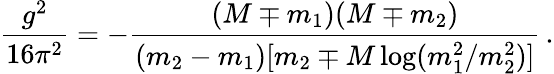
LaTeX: \frac{g^{2}}{16\pi^{2}}=-\frac{(M\mp m_{1})(M\mp m_{2})}{(m_{2}-m_{1})[m_{2}\mp M\log(m_{1}^{2}/m_{2}^{2})]}\, .